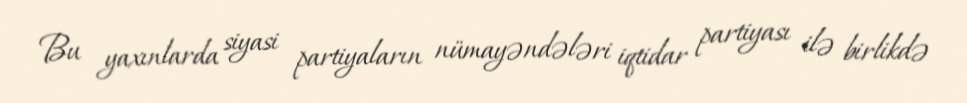
Bu yaxınlarda siyasi partiyaların nümayəndələri iqtidar partiyası ilə birlikdə